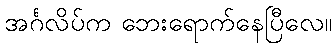
အင်္ဂလိပ်က ဘေးရောက်နေပြီလေ။